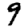
Digit: 9